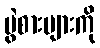
ပွဲစားများကို